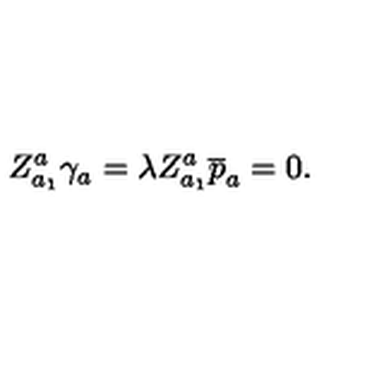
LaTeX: Z _ { a _ { 1 } } ^ { a } \gamma _ { a } = \lambda Z _ { a _ { 1 } } ^ { a } \overline { { p } } _ { a } = 0 .